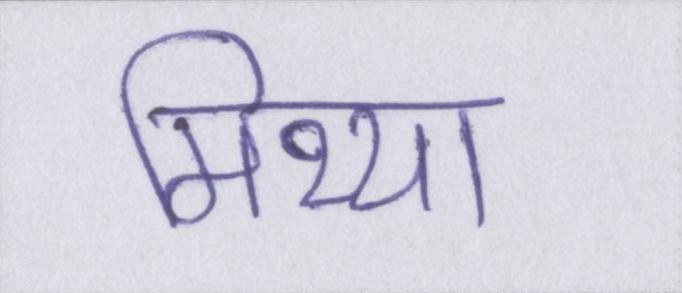
मिथ्या